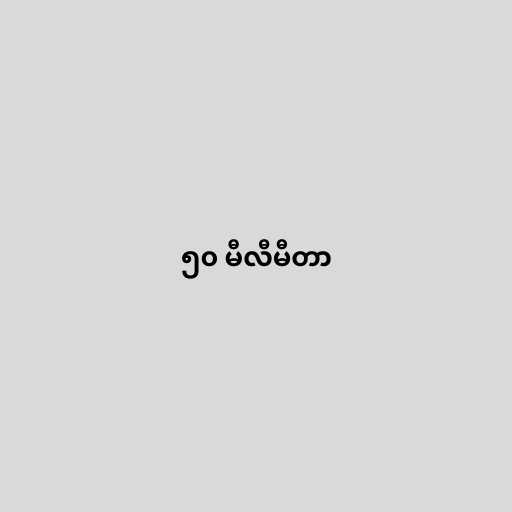
၅၀ မီလီမီတာ